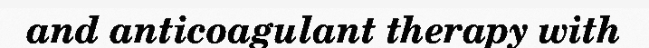
and anticoagulant therapy with